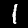
Label: 1